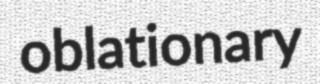
oblationary